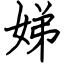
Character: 娣